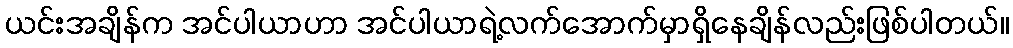
ယင်းအချိန်က အင်ပါယာဟာ အင်ပါယာရဲ့လက်အောက်မှာရှိနေချိန်လည်းဖြစ်ပါတယ်။